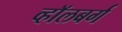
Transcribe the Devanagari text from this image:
व्हाॅलबर्ग